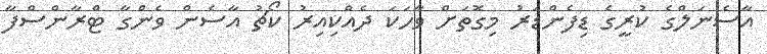
އާސެނަލްގެ ކުރީގެ ޑިފެންޑަރު މިގޮތަށް ވާހަކަ ދެއްކިއިރު ކޯޗު އާސެން ވެންގާ ޓްރާންސްފާ